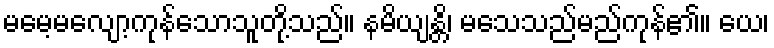
မမေ့မလျော့ကုန်သောသူတို့သည်။ နမိယျန္တိ၊ မသေသည်မည်ကုန်၏။ ယေ၊